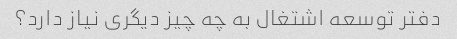
دفتر توسعه اشتغال به چه چیز دیگری نیاز دارد؟